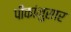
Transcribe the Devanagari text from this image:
पीकांनुसार